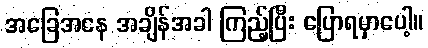
အခြေအနေ အချိန်အခါ ကြည့်ပြီး ပြောရမှာပေါ့။